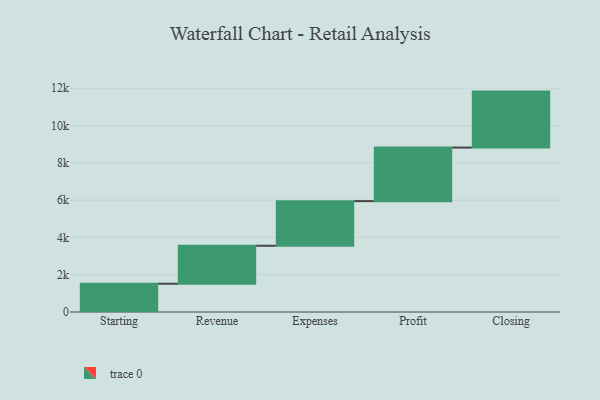
{"axis": {"x": "Step", "y": "Value"}, "legend": [""], "data": [{"x": "Starting", "y": 1516.0, "type": ""}, {"x": "Revenue", "y": 2035.0, "type": ""}, {"x": "Expenses", "y": 2392.0, "type": ""}, {"x": "Profit", "y": 2871.0, "type": ""}, {"x": "Closing", "y": 3000, "type": ""}]}